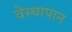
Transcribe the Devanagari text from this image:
वेस्थापान